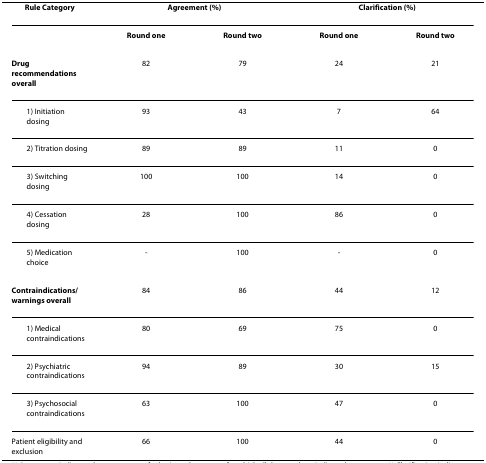
| Rule Category | <COLSPAN=2> Agreement (%) | <COLSPAN=2> Clarification (%) |
 | --- | --- | --- | --- | --- |
 |  | Round one | Round two | Round one | Round two |
 | Drug recommendations overall | 82 | 79 | 24 | 21 |
 | 1) Initiation dosing | 93 | 43 | 7 | 64 |
 | 2) Titration dosing | 89 | 89 | 11 | 0 |
 | 3) Switching dosing | 100 | 100 | 14 | 0 |
 | 4) Cessation dosing | 28 | 100 | 86 | 0 |
 | 5) Medication choice | - | 100 | - | 0 |
 | Contraindications/warnings overall | 84 | 86 | 44 | 12 |
 | 1) Medical contraindications | 80 | 69 | 75 | 0 |
 | 2) Psychiatric contraindications | 94 | 89 | 30 | 15 |
 | 3) Psychosocial contraindications | 63 | 100 | 47 | 0 |
 | Patient eligibility and exclusion | 66 | 100 | 44 | 0 |